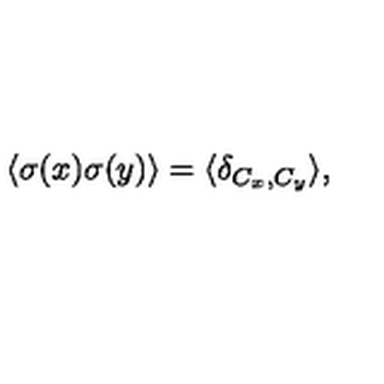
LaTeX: \langle \sigma ( x ) \sigma ( y ) \rangle = \langle \delta _ { C _ { x } , C _ { y } } \rangle , \protect